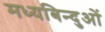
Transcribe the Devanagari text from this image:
मध्यबिन्दुओं